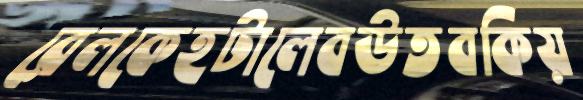
রেলকেহটালেবউতবকিয়